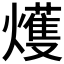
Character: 𤐰